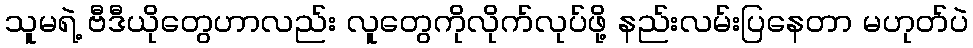
သူမရဲ့ ဗီဒီယိုတွေဟာလည်း လူတွေကိုလိုက်လုပ်ဖို့ နည်းလမ်းပြနေတာ မဟုတ်ပဲ